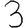
Digit: 3